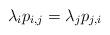
LaTeX: \begin{align*}\lambda_i p_{i,j} = \lambda_j p_{j,i}\end{align*}